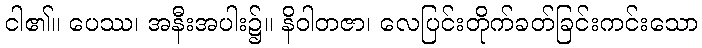
ငါ၏။ ပေဿ၊ အနီးအပါး၌။ နိဝါတဇာ၊ လေပြင်းတိုက်ခတ်ခြင်းကင်းသော